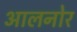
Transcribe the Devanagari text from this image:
आलनोर